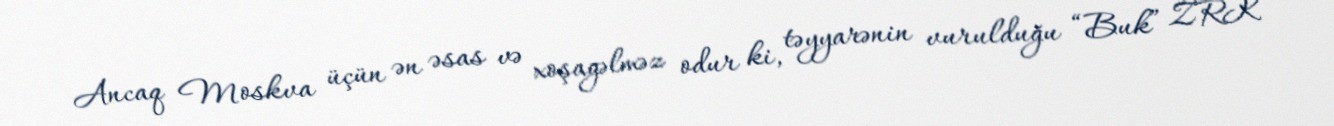
Ancaq Moskva üçün ən əsas və xoşagəlməz odur ki, təyyarənin vurulduğu “Buk” ZRK